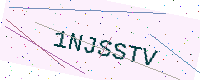
Text: 1NJSSTV